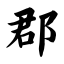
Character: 郡